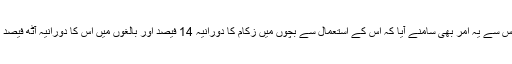
لیکن اس سے یہ امر بھی سامنے آیا کہ اس کے استعمال سے بچوں میں زکام کا دورانیہ 14 فیصد اور بالغوں میں اس کا دورانیہ آٹھ فیصد کم ہوا۔